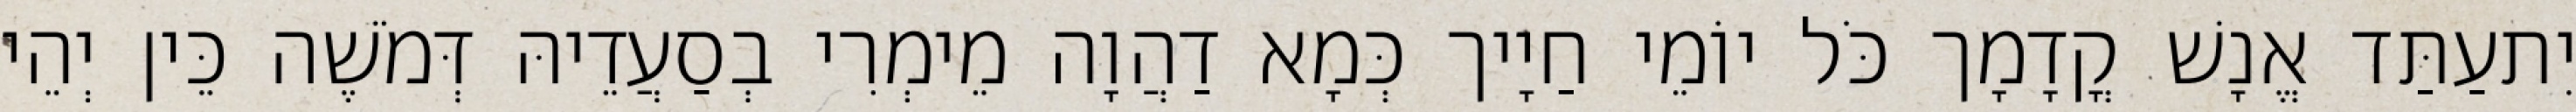
יִתעַתַּד אֱנָשׁ קֳדָמָך כֹּל יוֹמֵי חַיָיך כְּמָא דַהֲוָה מֵימְרִי בְסַעֲדֵיהּ דְּמֹשֶׁה כֵּין יְהֵי